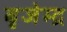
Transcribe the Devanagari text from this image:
बृजेम्द्र